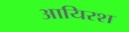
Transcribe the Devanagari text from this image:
आयिरश